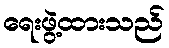
ရေးဖွဲ့ထားသည်